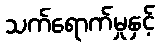
သက်ရောက်မှုနှင့်